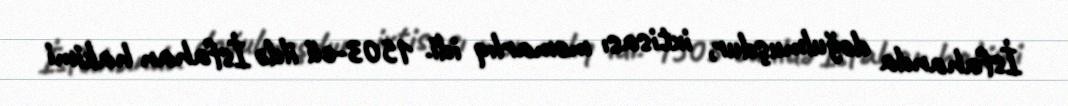
İsfahanda doğulmuşdur, ixtisası memarlıq idi. 1503-cü ildə İsfahan hakimi